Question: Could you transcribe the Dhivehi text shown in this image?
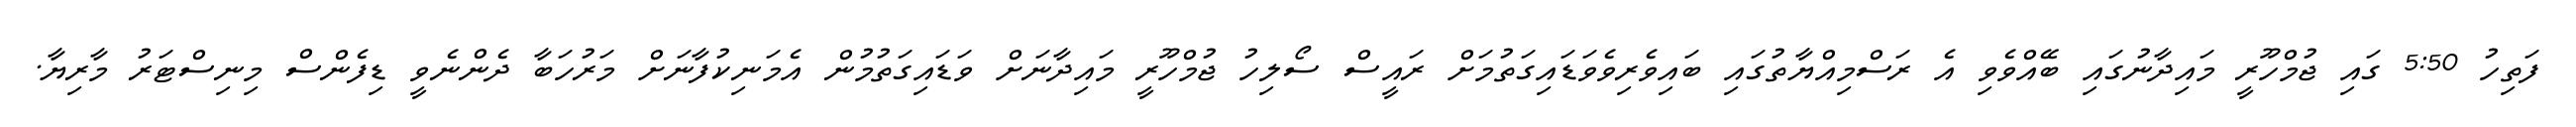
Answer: ފަތިހު 5:50 ގައި ޖުމްހޫރީ މައިދާނުގައި ބޭއްވެވި އެ ރަސްމިއްޔާތުގައި ބައިވެރިވެވަޑައިގަތުމަށް ރައީސް ސޯލިހު ޖުމްހޫރީ މައިދާނަށް ވަޑައިގަތުމުން އެމަނިކުފާނަށް މަރުހަބާ ދެންނެވީ ޑިފެންސް މިނިސްޓަރު މާރިޔާ.